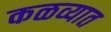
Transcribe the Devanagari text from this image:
कळव्यात